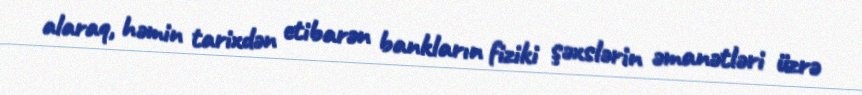
alaraq, həmin tarixdən etibarən bankların fiziki şəxslərin əmanətləri üzrə